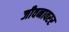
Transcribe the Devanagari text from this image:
जीवनावरर